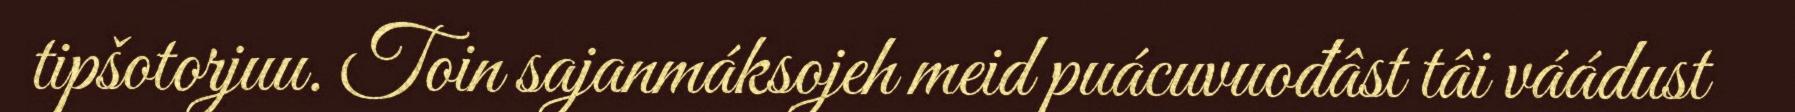
tipšotorjuu. Toin sajanmáksojeh meid puácuvuođâst tâi váádust